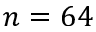
n = 6 4